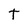
Character: t